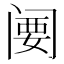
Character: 𬮲